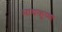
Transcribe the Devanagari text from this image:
माघकृष्ण